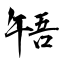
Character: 啎